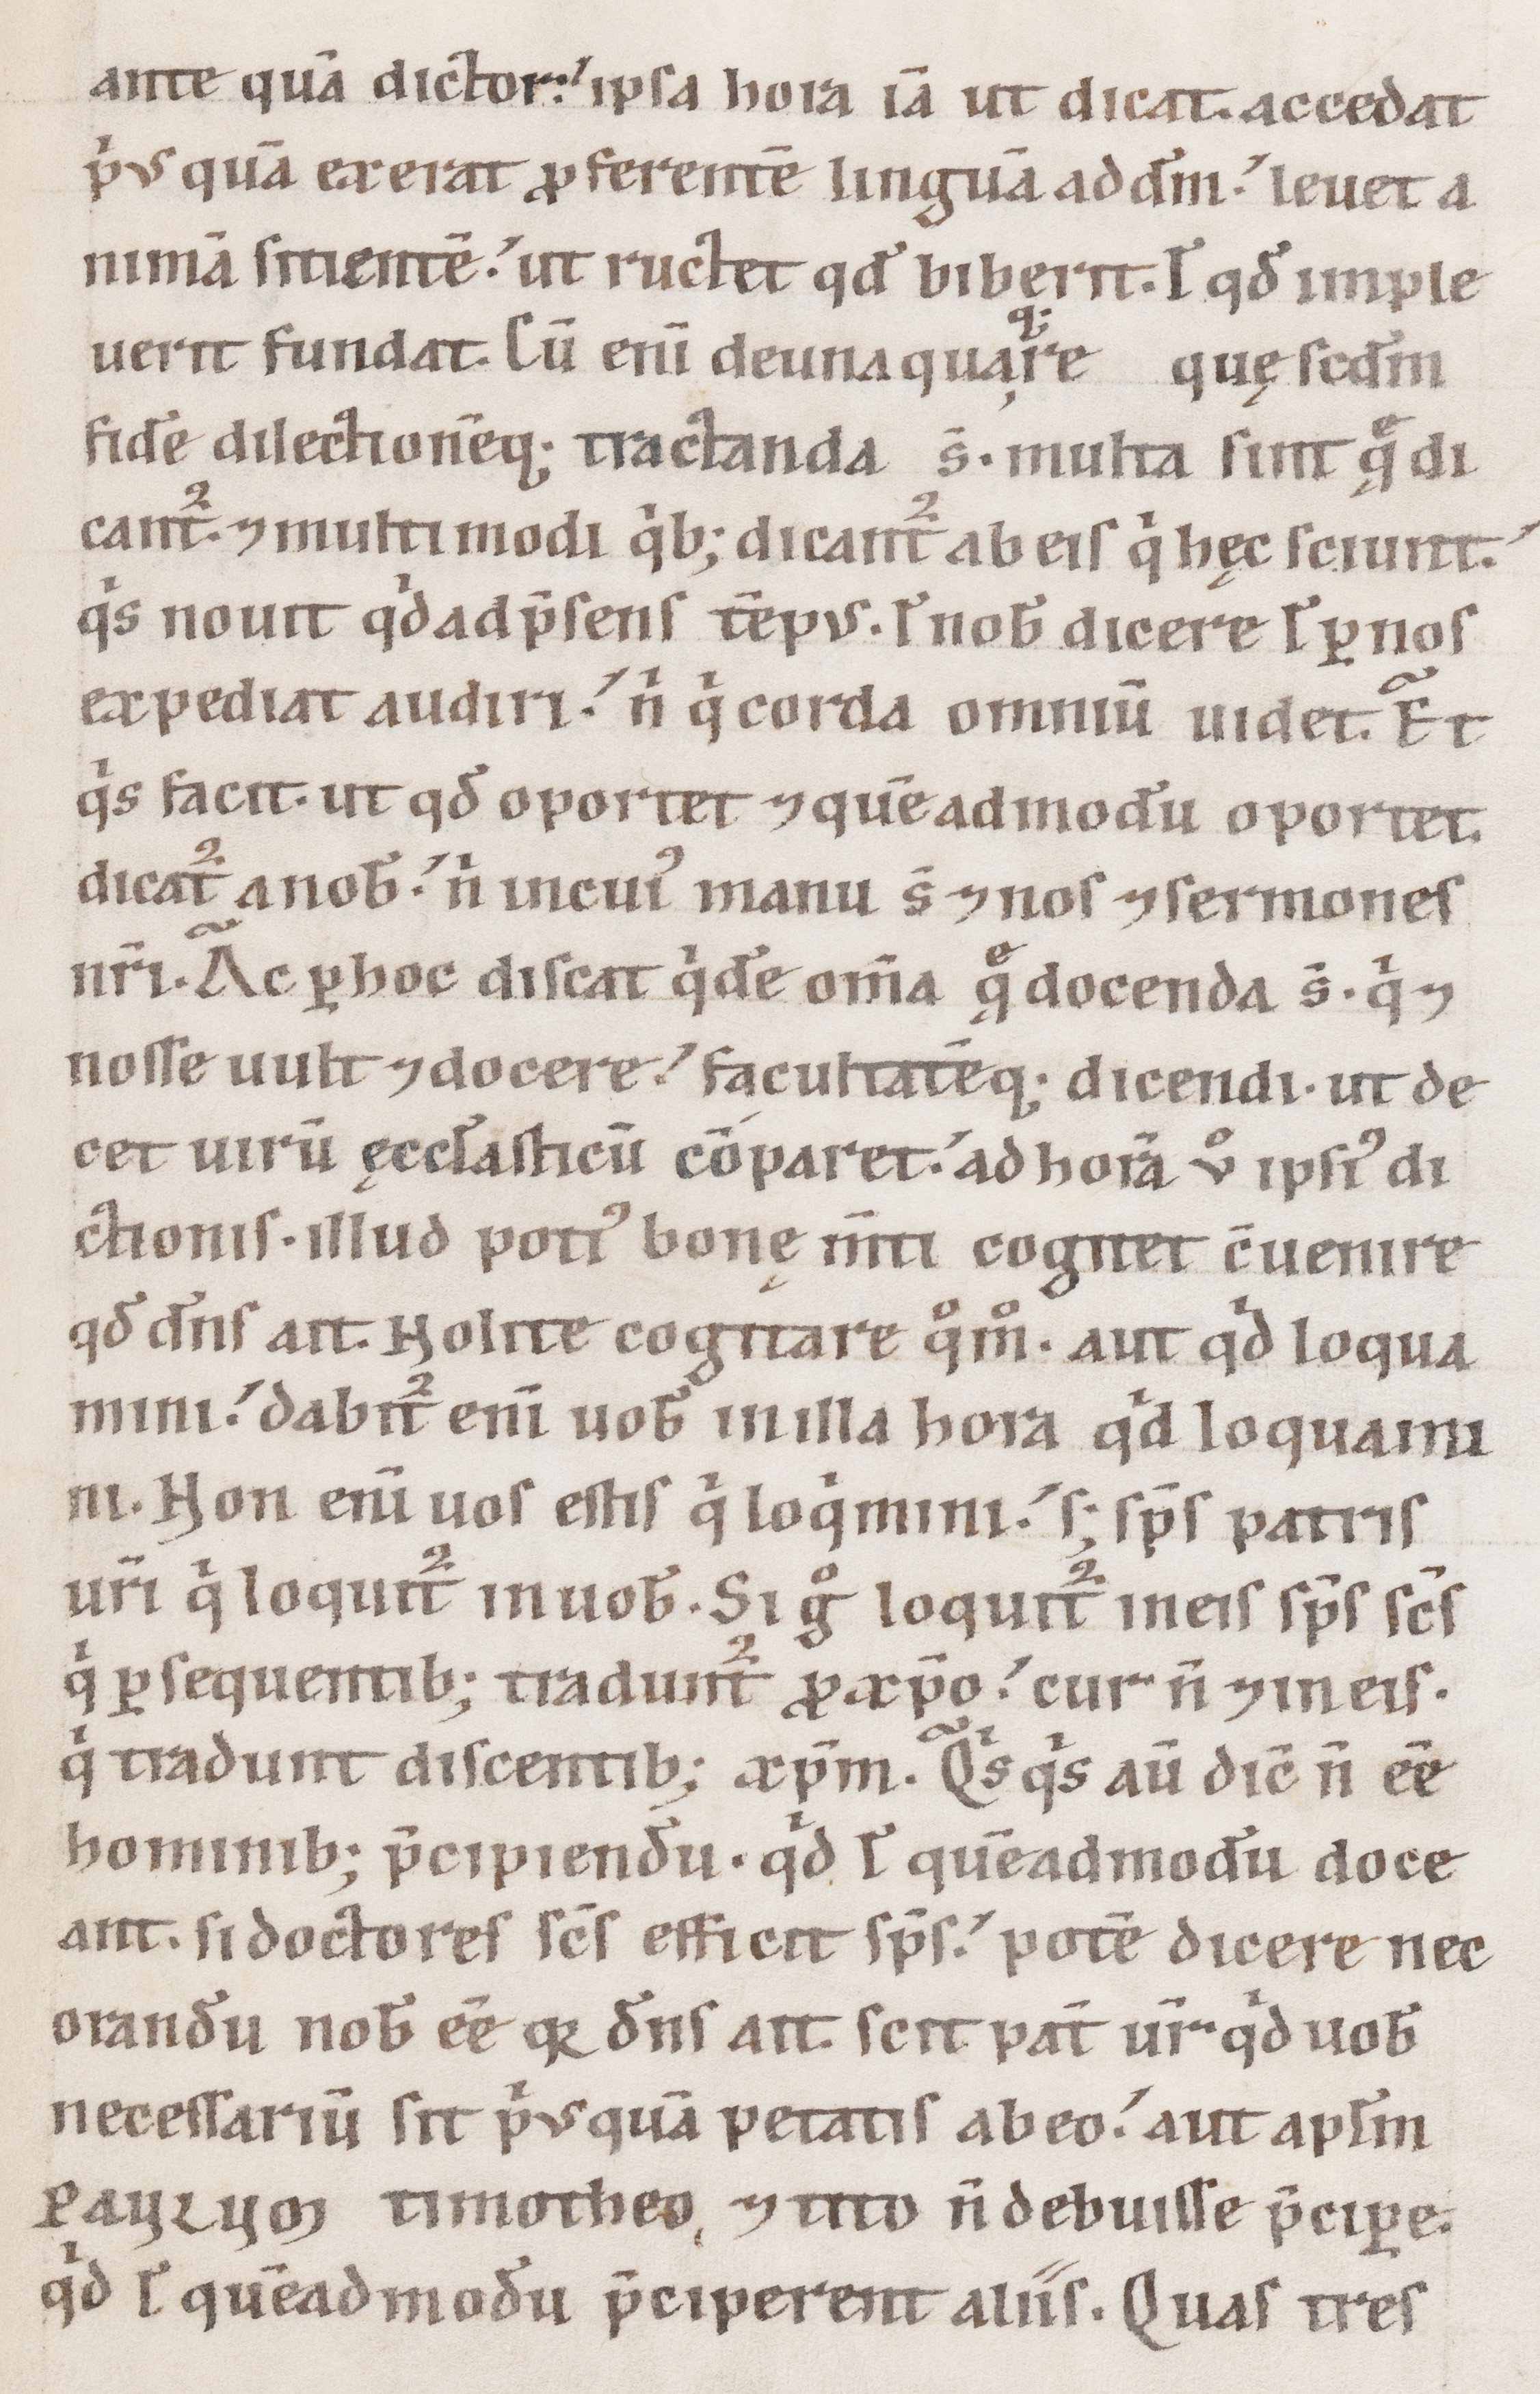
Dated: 1100–1199